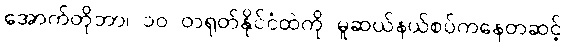
အောက်တိုဘာ၊ ၁၀ တရုတ်နိုင်ငံထဲကို မူဆယ်နယ်စပ်ကနေတဆင့်